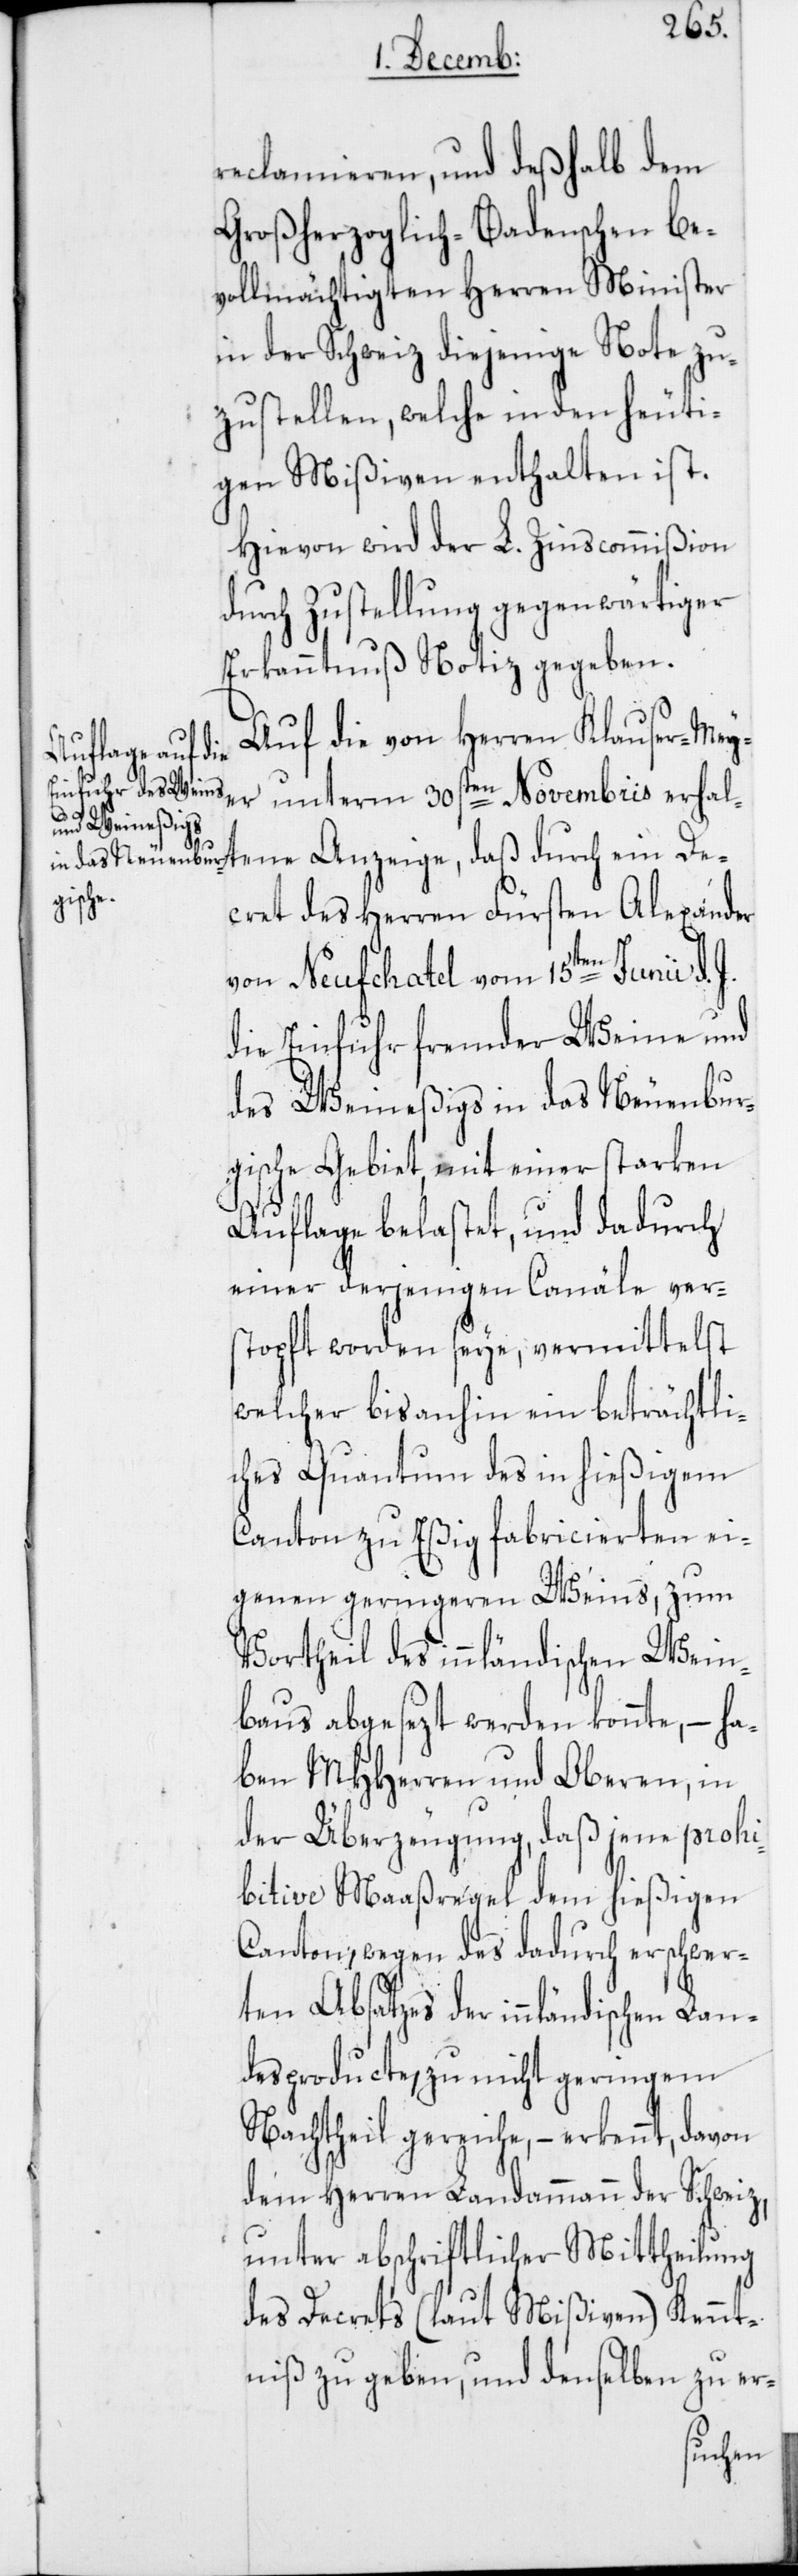
reclamieren, und deßhalb dem
Großherzoglich-Badenschen be¬
vollmächtigten Herren Minister
in der Schweiz diejenige Note zu¬
zustellen, welche in den heuti¬
gen Mißiven enthalten ist.
Hievon wird der L. Zinscommißion
durch Zustellung gegenwärtiger
Erkanntnuß Notiz gegeben.
Auf die von Herren Klauser-Meye¬
r unterm 30sten Novembris erhal¬
Lan¬
dischen
cret des Herren Fürsten Aelxander
von Neufchatel vom 15ten Junii d.
die Einfuhr fremder Weine und
des Weineßigs in das Neuenbur¬
gische Gebiet, mit einer starken
Auflage belastet, und dadurch
einer derjenigen Canäle ver¬
stopft worden seye, vermittelst
welcher bisanhin ein beträchtli¬
ches Quantum des in hießigem
Canton zu Eßig fabricierten ei¬
genen geringeren Weins, zum
Vortheil des innländischen Wein¬
baus abgesezt werden konnte, – ha¬
ben MHHerren und Oberen, in
der Überzeugung, daß jene prohi¬
bitive Maaßregel dem hießigen
Canton, wegen des dadurch erschwer¬
ten Absatzes der innlän¬
desproducte, zu nicht geringem
Nachtheil gereiche, – erkennt, davon
dem Herren Landammann der Schweiz,
unter abschriftlicher Mittheilung
des Decrets (laut Mißiven) Kennt¬
niß zu geben, und denselben zu er-